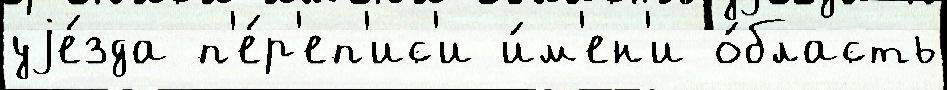
уjе́зда п'е́р'еп'ис'и и́м'ен'и о́бласть